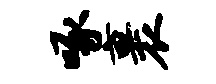
啄裹